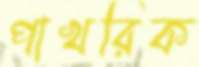
পাখরিক